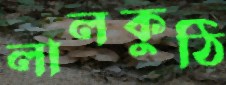
লালকুঠি